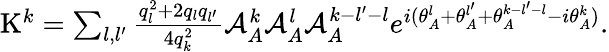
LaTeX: \begin{array}{r}{\mathrm{K}^{k}=\sum_{l,l^{\prime}}\frac{q_{l}^{2}+2q_{l}q_{l^{\prime}}}{4q_{k}^{2}}{\mathcal{A}_{A}^{k}\mathcal{A}_{A}^{l}}\mathcal{A}_{A}^{k-l^{\prime}-l}e^{i(\theta_{A}^{l}+\theta_{A}^{l^{\prime}}+\theta_{A}^{k-l^{\prime}-l}-{i\theta_{A}^{k}})}.}\end{array}